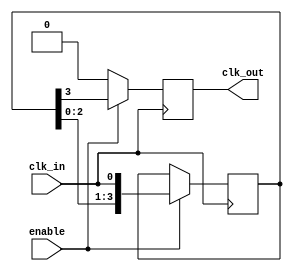
module delay_clock_buffer #(
    parameter DELAY_STAGES = 4  // Number of stages for delay
)(
    input wire clk_in,           // Input clock signal
    input wire enable,           // Enable signal
    output reg clk_out           // Output delayed clock signal
);

    // Internal signals for the delay line
    reg [DELAY_STAGES-1:0] delay_line;

    always @(posedge clk_in) begin
        if (enable) begin
            // Shift the delay line
            delay_line <= {delay_line[DELAY_STAGES-2:0], clk_in};
        end
    end

    // Output the last stage of the delay line
    always @(posedge clk_in) begin
        if (enable) begin
            clk_out <= delay_line[DELAY_STAGES-1];
        end else begin
            clk_out <= 1'b0; // Hold low when not enabled
        end
    end

endmodule